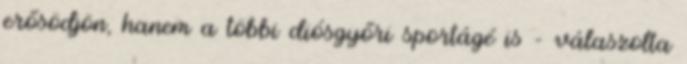
erősödjön, hanem a többi diósgyőri sportágé is – válaszolta